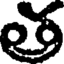
త